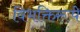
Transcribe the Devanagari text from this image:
विभक्तिरूपे